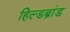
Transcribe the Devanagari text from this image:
हिल्डब्रांड